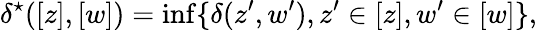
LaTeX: \delta^{\star}([z],[w])=\operatorname*{inf}\{ \delta(z^{\prime},w^{\prime}),z^{\prime}\in[z],w^{\prime}\in[w]\} ,